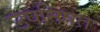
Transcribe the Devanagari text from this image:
उपनिषत